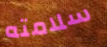
سلامته